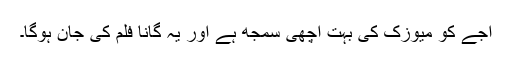
اجے کو میوزک کی بہت اچھی سمجھ ہے اور یہ گانا فلم کی جان ہوگا۔